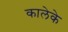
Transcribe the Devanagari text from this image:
कालेके